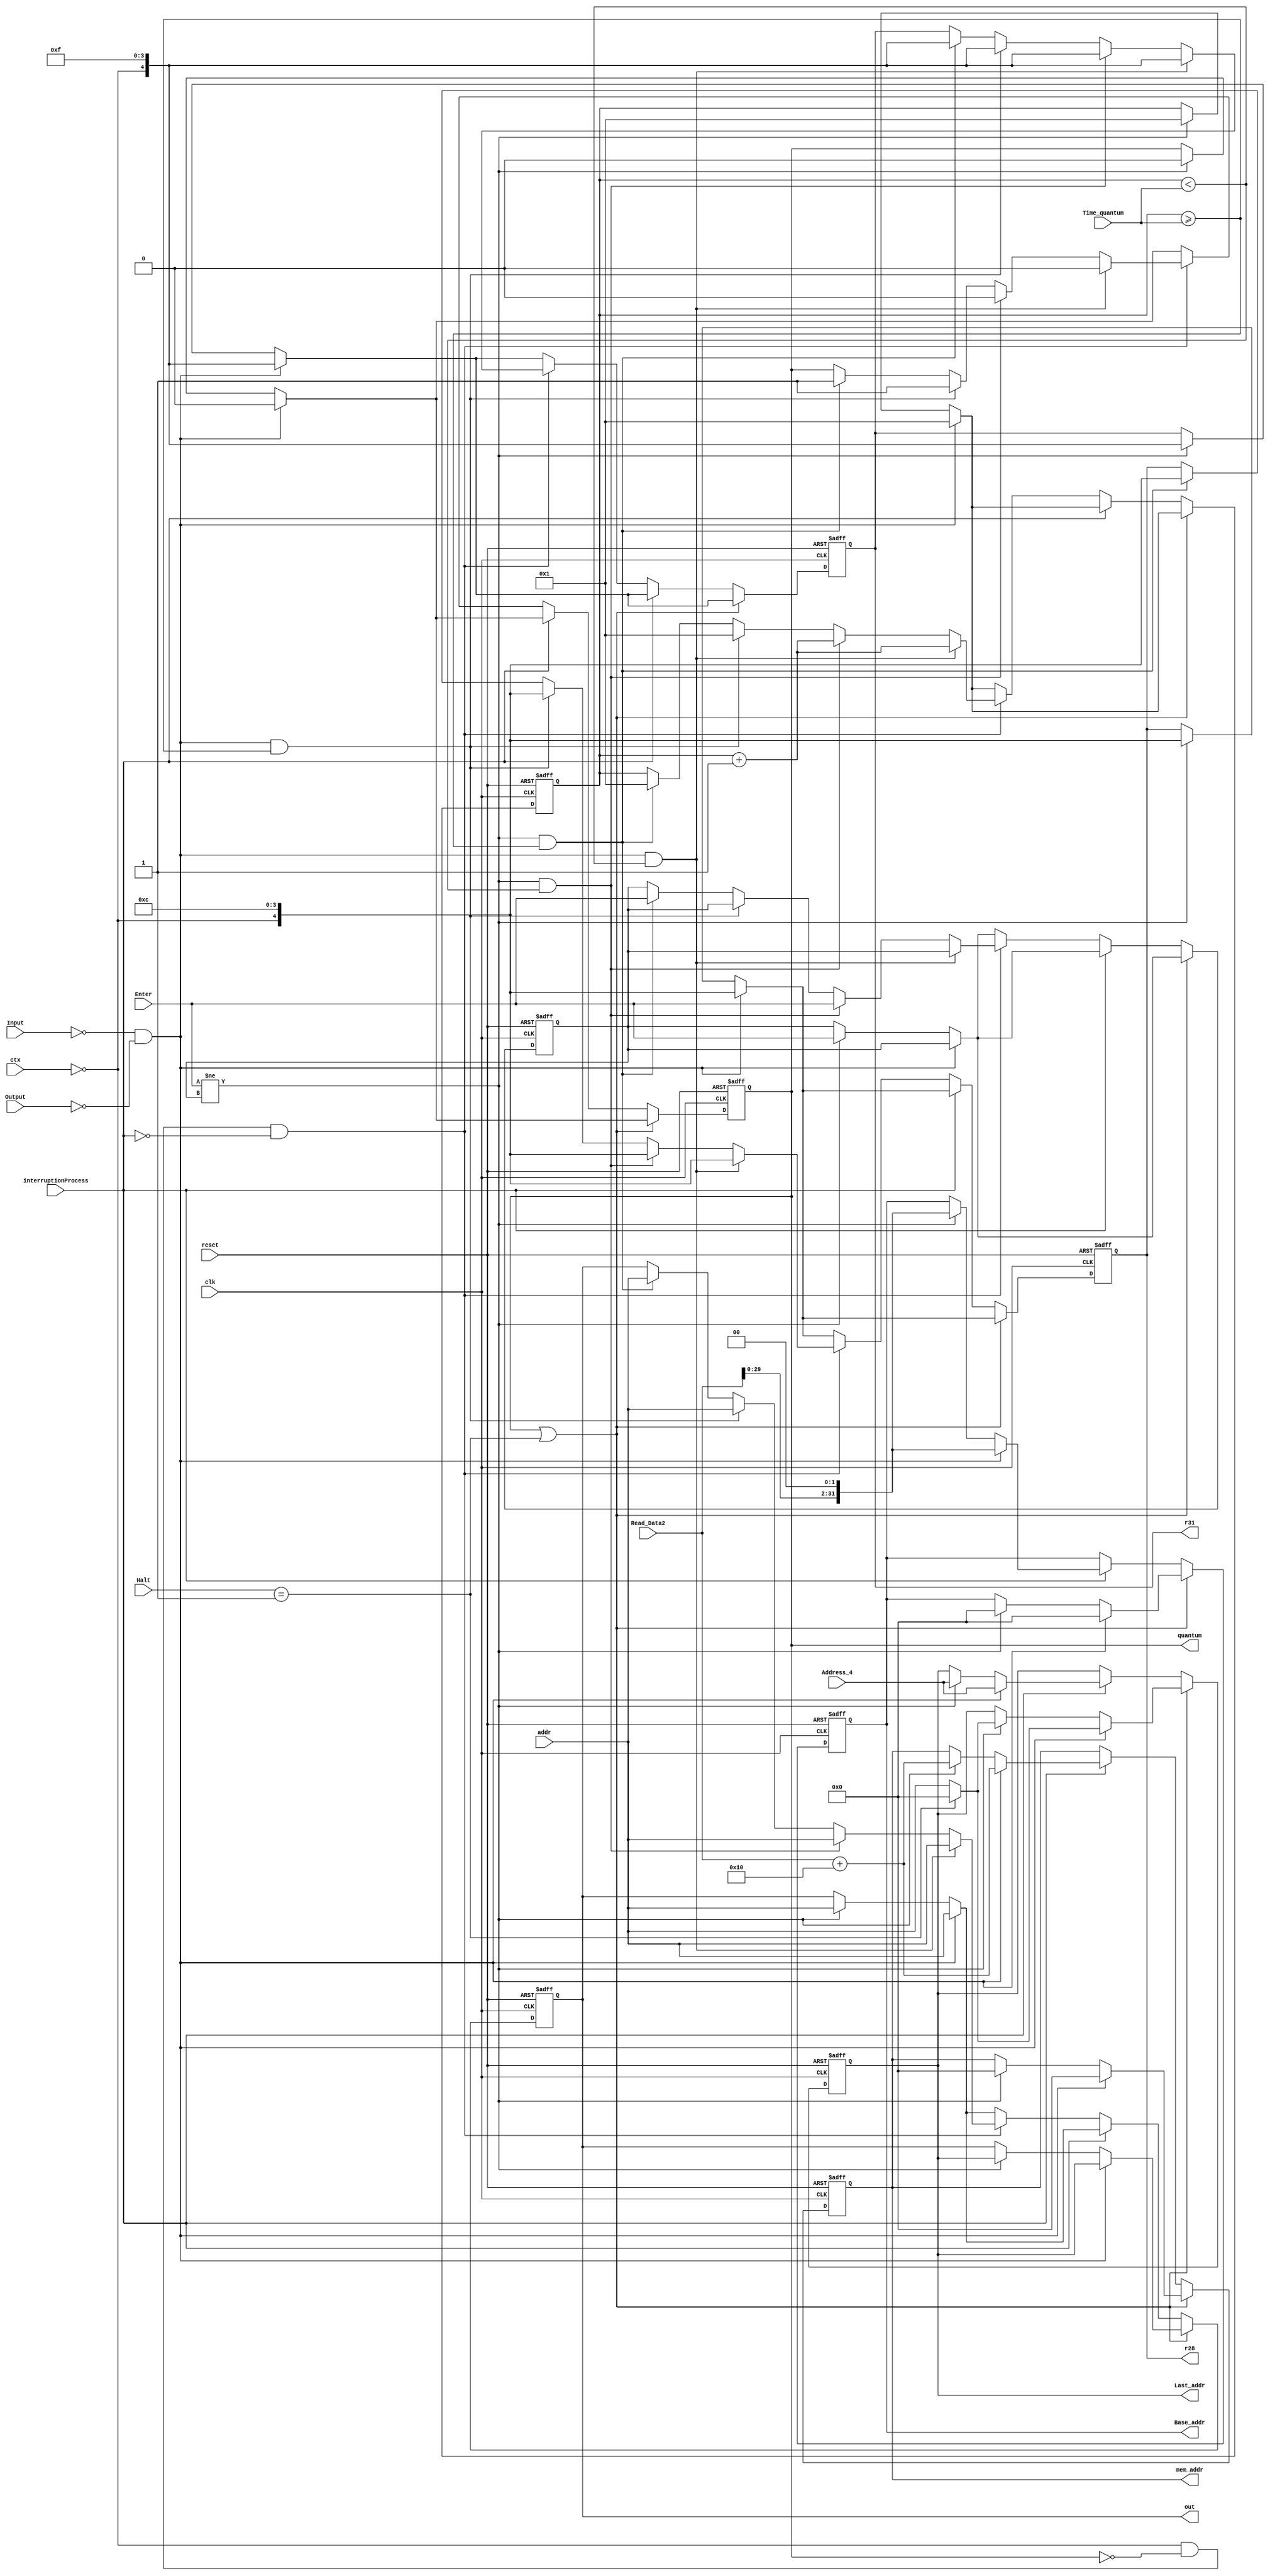
module PC
#(parameter ADDR_WIDTH=5)
(
	input clk, reset, ctx, Enter, Input, Output, interruptionProcess,
	input [1:0] Halt,
	input [2**ADDR_WIDTH-1:0] Read_Data2, Address_4, addr, Time_quantum, 
	output reg quantum,  
	output reg [ADDR_WIDTH-1:0] r31, r28,
	output reg [2**ADDR_WIDTH-1:0] Base_addr, mem_addr, Last_addr, out
);
	
	reg prev_enter = 0;
	reg [31:0] counter;
	
	initial begin
		counter <= 32'd1;
	   Base_addr <= 32'd0;
	   mem_addr <= 32'd0;
		Last_addr <= 32'd0;
		r31 <= 5'b01111;
		r28 <= 5'b01100;
  end

	always @ (posedge clk or posedge reset)
	begin
		if (reset) begin
			out <= 0;
			prev_enter <= 0;
			counter <= 32'd1;
         quantum <= 0;
			Base_addr <= 32'd0;
			mem_addr <= 32'd0;
			Last_addr <= 32'd0;
			r31 <= 5'b01111;
			r28 <= 5'b01100;
		end else if (quantum || Halt == 2'b01) begin
			if(!Input && !Output) begin
				counter <= 32'd1;
            quantum <= 0;
				out <= Last_addr;
				Last_addr <= (Halt == 2'b01) ? 32'd0:addr;
				Base_addr <= 32'd0;
				mem_addr <= 32'd0;
				r31 <= {!ctx, 4'b1111};
				r28 <= {!ctx, 4'b1100};
			end else if (Enter != prev_enter) begin
				counter <= 32'd1;
            quantum <= 0;
				prev_enter <= Enter;
				out <= Last_addr;
				Last_addr <= (Halt == 2'b01) ? 32'd0:addr;
				Base_addr <= 32'd0;
				mem_addr <= 32'd0;
				r31 <= {!ctx, 4'b1111};
				r28 <= {!ctx, 4'b1100};
			end
		end else if (interruptionProcess) begin
			if(!Input && !Output) begin
				counter <= 32'd1;
            quantum <= 0;
				out <= addr;
            Last_addr <= Address_4;
				Base_addr <= Read_Data2 << 2;
				mem_addr <= Read_Data2+32'd16;
				r31 <= {!ctx, 4'b1111};
				r28 <= {!ctx, 4'b1100};
			end else if (Enter != prev_enter) begin
				counter <= 32'd1;
            quantum <= 0;
				prev_enter <= Enter;
				out <= addr;
            Last_addr <= Address_4;
				Base_addr <= Read_Data2 << 2;
				mem_addr <= Read_Data2+32'd16;
				r31 <= {!ctx, 4'b1111};
				r28 <= {!ctx, 4'b1100};
			end
		end else if(!ctx && !quantum && !interruptionProcess) begin
			if(!Input && !Output && counter < Time_quantum) begin
				counter <= counter + 32'd1;
            quantum <= 0;
				out <= addr;
				r31 <= {!ctx, 4'b1111};
				r28 <= {!ctx, 4'b1100};
			end else if (Enter != prev_enter && counter < Time_quantum) begin
				counter <= counter + 32'd1;
            quantum <= 0;
				prev_enter <= Enter;
				out <= addr;
				r31 <= {!ctx, 4'b1111};
				r28 <= {!ctx, 4'b1100};
			end else if (!Input && !Output && counter >= Time_quantum) begin
				counter <= 32'd1;
            quantum <= 1;
				out <= addr;
				r31 <= {!ctx, 4'b1111};
				r28 <= {!ctx, 4'b1100};
			end else if (Enter != prev_enter && counter >= Time_quantum) begin
				counter <= 32'd1;
            quantum <= 1;
				out <= addr;
				prev_enter <= Enter;
				r31 <= {!ctx, 4'b1111};
				r28 <= {!ctx, 4'b1100};
			end
		end else begin
			if(!Input && !Output) begin
				counter <= 32'd1;
            quantum <= 0;
				out <= addr;
				r31 <= {!ctx, 4'b1111};
				r28 <= {!ctx, 4'b1100};
			end else if (Enter != prev_enter) begin
				counter <= 32'd1;
            quantum <= 0;
				prev_enter <= Enter;
				out <= addr;
				r31 <= {!ctx, 4'b1111};
				r28 <= {!ctx, 4'b1100};
			end
		end
	end
endmodule